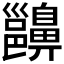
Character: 𪖵